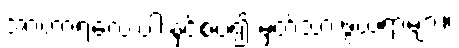
အာဟာရလေးပါးနှင့်စပ်၍ မှတ်သားဖွယ်ရာများ။